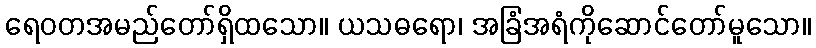
ရေဝတအမည်တော်ရှိထသော။ ယသဓရော၊ အခြံအရံကိုဆောင်တော်မူသော။